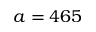
a = 4 6 5